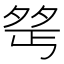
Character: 𪤺